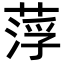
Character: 𦷰